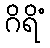
ဂိရိံ